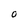
Character: O